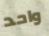
واحد